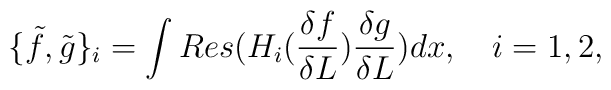
\{ \tilde f,\tilde g\}_i=\int Res (H_i(\frac {\delta f}{\delta L})\frac{\delta g}{\delta L}) dx,\quad i=1,2,